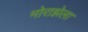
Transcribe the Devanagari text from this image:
मोराझेला